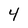
Character: 4